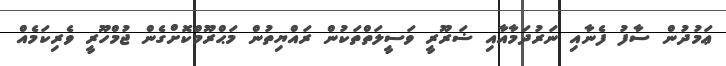
ޢަމުދުން ސާފު ފެނާއި ނަރުދަމާއާއި ޟަރޫރީ ވަސީލަތްތަކުން ރައްޔިތުން މަޙްރޫމްކޮށްގެން ޖުމްހޫރީ ވެރިކަމެއް